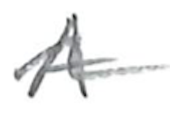
Text: A
Cross-out: mix
Writing tool: pencil